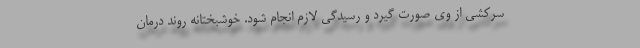
سرکشی از وی صورت گیرد و رسیدگی لازم انجام شود. خوشبختانه روند درمان